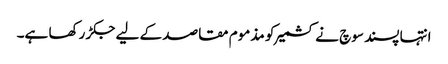
انتہا پسند سوچ نے کشمیر کو مذموم مقاصد کے لیے جکڑ رکھا ہے۔